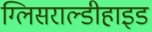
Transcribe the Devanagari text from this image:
ग्लिसराल्डीहाइड